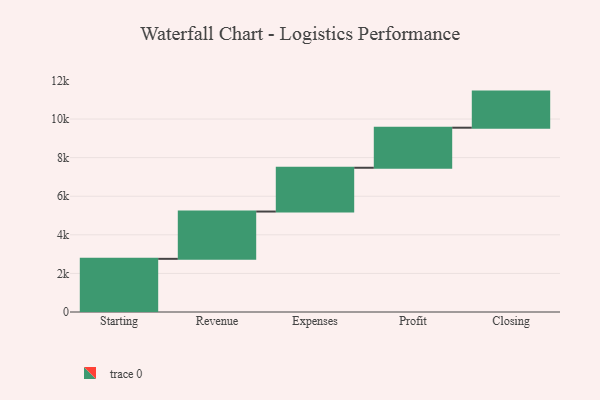
{"axis": {"x": "Step", "y": "Value"}, "legend": [""], "data": [{"x": "Starting", "y": 2755.0, "type": ""}, {"x": "Revenue", "y": 2451.0, "type": ""}, {"x": "Expenses", "y": 2269.0, "type": ""}, {"x": "Profit", "y": 2076.0, "type": ""}, {"x": "Closing", "y": 1871.0, "type": ""}]}